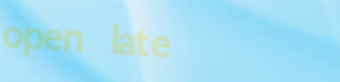
open late